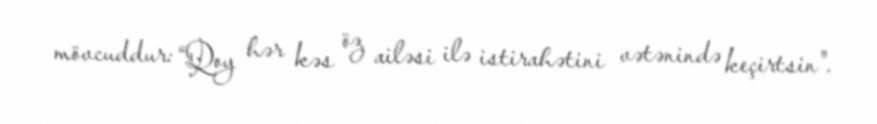
mövcuddur: “Qoy hər kəs öz ailəsi ilə istirahətini vətənində keçirtsin".